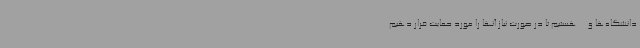
دانشگاه‌ها و... هستیم تا در صورت نیاز آنها را مورد حمایت قرار دهیم